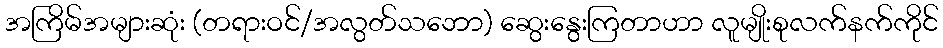
အကြိမ်အများဆုံး (တရားဝင်/အလွတ်သဘော) ဆွေးနွေးကြတာဟာ လူမျိုးစုလက်နက်ကိုင်